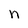
Character: n